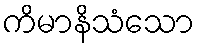
ကိမာနိသံသော